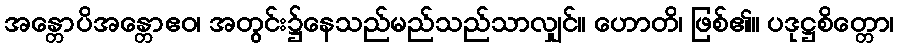
အန္တောပိအန္တောဧဝ၊ အတွင်း၌နေသည်မည်သည်သာလျှင်။ ဟောတိ၊ ဖြစ်၏။ ပဒုဋ္ဌစိတ္တော၊